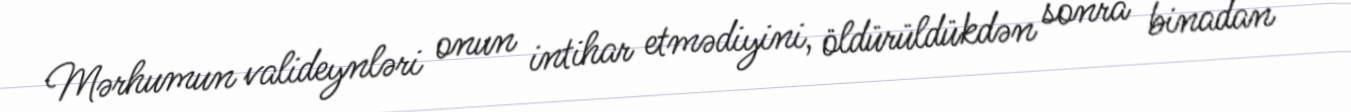
Mərhumun valideynləri onun intihar etmədiyini, öldürüldükdən sonra binadan